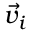
\vec { v } _ { i }